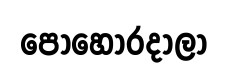
පොහොරදාලා